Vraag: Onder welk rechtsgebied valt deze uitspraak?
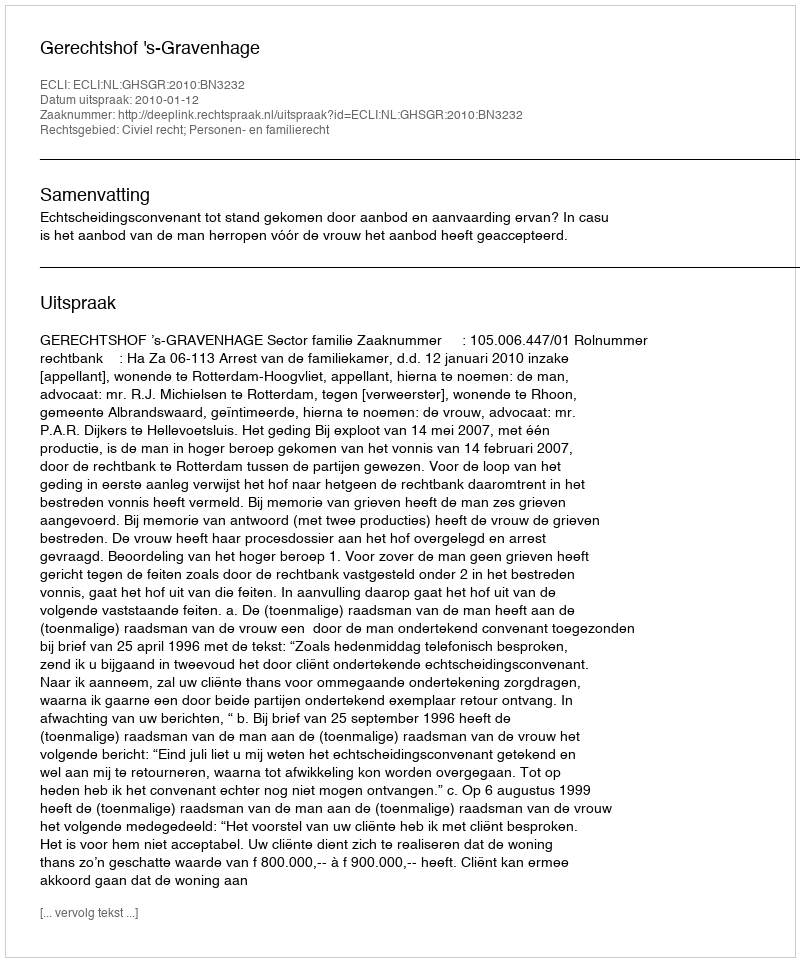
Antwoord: Civiel recht; Personen- en familierecht